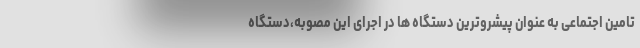
تامین اجتماعی به عنوان پیشروترین دستگاه ها در اجرای این مصوبه،دستگاه